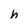
Character: h